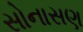
સોનાસણ